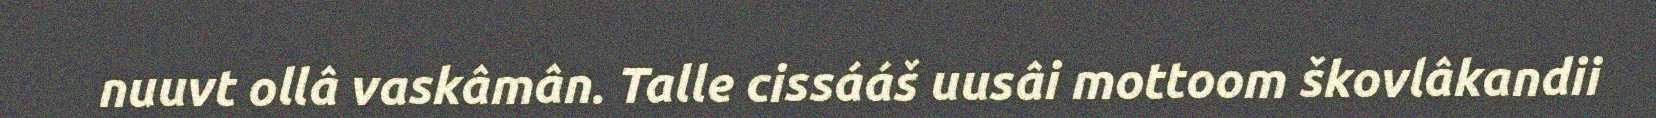
nuuvt ollâ vaskâmân. Talle cissááš uusâi mottoom škovlâkandii